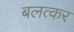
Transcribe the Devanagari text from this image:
बलत्कर